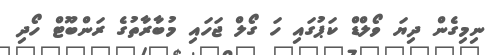
ނިމިގެން ދިޔަ ވޯލްޑް ކަޕުގައި ހަ ގޯލް ޖަހައި މުބާރާތުގެ ރަންބޫޓް ހޯދި